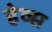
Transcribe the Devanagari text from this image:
हेव्स